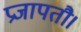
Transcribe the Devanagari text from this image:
प्रजापतौ।